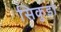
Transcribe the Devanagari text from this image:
सिकुडा